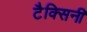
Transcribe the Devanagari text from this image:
टैक्सिनी